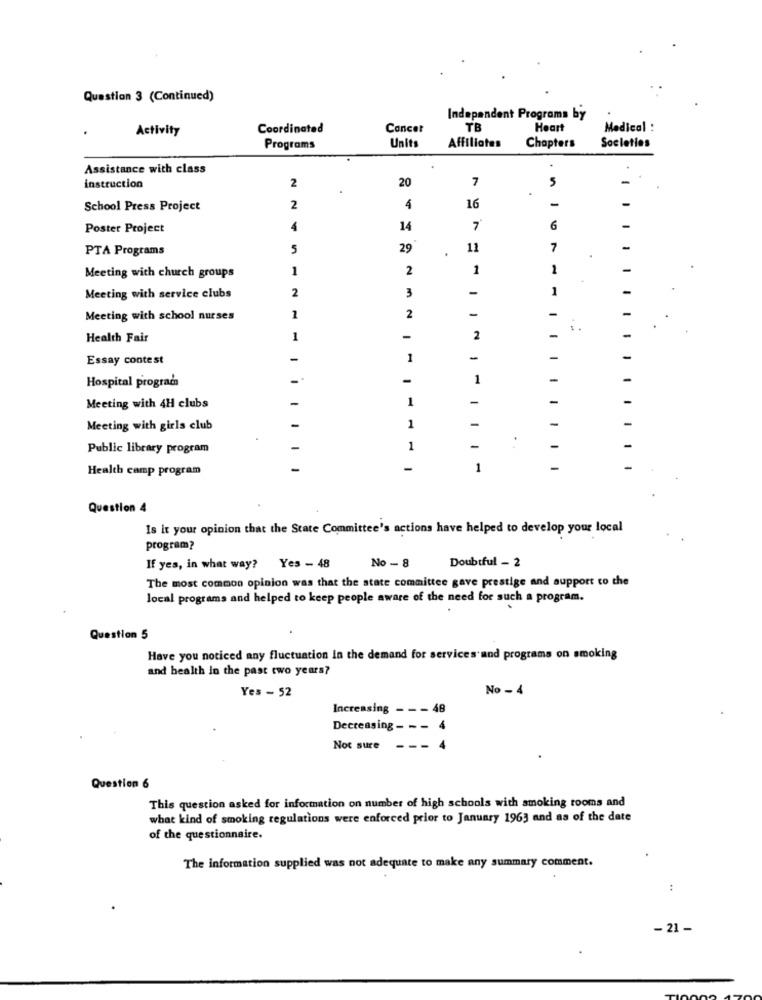
Question 3 (Continued)
Independent Programs by
Activity
Coordinated
Concet
TB
Heart
Medical :
Affiliates
Chapters
Societies
Programs
Units
Assistance with class
2
7
instruction
20
16
-
-
School Press Project
2
4
Poster Project
4
14
7
6
-
PTA Programs
5
29
11
7
-
1
2
1
1
-
Meeting with church groups
2
3
-
1
-
Meeting with service clubs
-
-
-
Meeting with school nurses
1
2
Health Fair
1
-
2
-
-
Essay contest
-
1
-
-
-
-
Hospital program
-
-
-
-
Meeting with 4H clubs
-
-
-
Meeting with girls club
1
Public library program
1
-
-
Health camp program
-
1
-
Question 4
Is it your opinion that the State Committee's actions have helped to develop your local
program?
Doubtful - 2
If yes, in what way? Yes - 48
No - 8
The most common opinion was that the state committee gave prestige and support to the
local programs and helped to keep people aware of the need for such a program.
Question 5
Have you noticed any fluctuation In the demand for services and programs on smoking
and health in the past two years?
Yes - 52
No - 4
Increasing - - - 48
Decreasing- - -
. 4
Not sure
Question 6
This question asked for information on number of high schools with smoking rooms and
what kind of smoking regulations were enforced prior to January 1963 and as of the date
of the questionnaire.
. .
The information supplied was not adequate to make any summary comment.
:
- 21 -